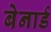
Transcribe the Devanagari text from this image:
बेनार्ड